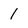
Character: 1